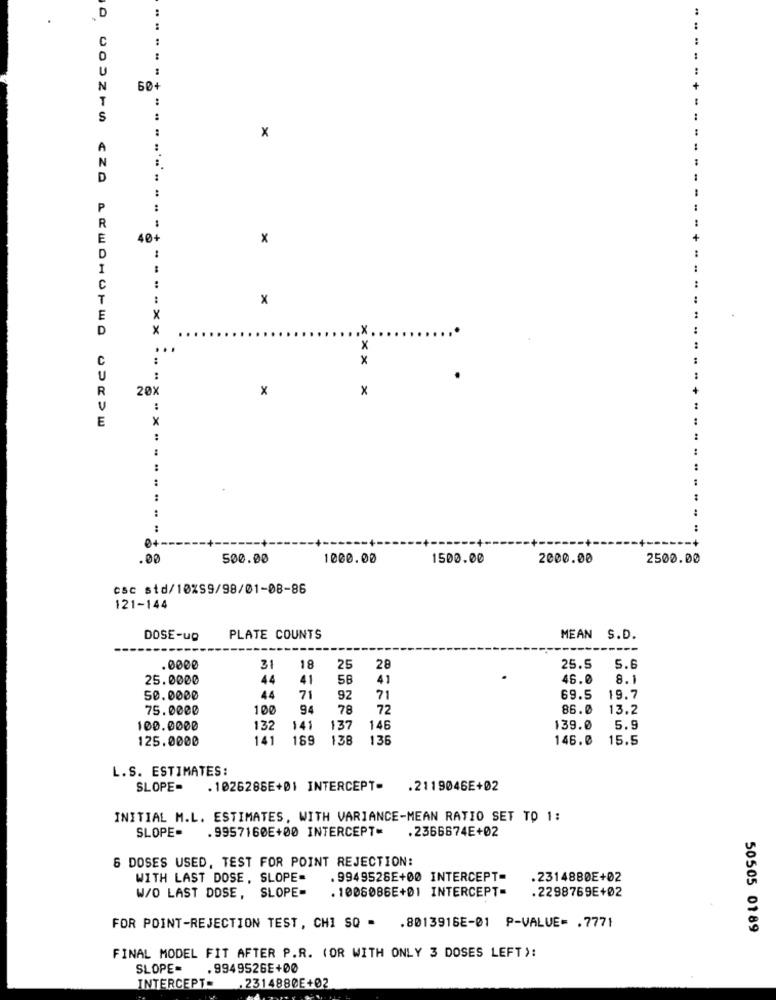
D
..
:
C
U
N
60+
T
S
:
:
x
A
N
D
P
R
E
40+
x
D
-.
I
:
C
..
T
x
E
x
D
x
.X
..
x
C
:
x
U
R
20X
x
x
U
E
X
:
..
:
:
:
:
:
..
:
+
0+
.00
500.00
1000.00
1500.00
2000.00
2500.00
csc std/10%S9/98/01-08-86
121-144
DOSE-up
PLATE COUNTS
MEAN S.D.
.0000
31
18
25
28
25.5
5.6
25.0000
44
41
58
41
46.0
8.1
50.0000
44
71
92
71
69.5
19.7
75.0000
100
94
78
72
86.0
13.2
100.0000
132
141
137
146
139.0
5.9
125.0000
141
169
138
136
146.0
15.5
L.S. ESTIMATES:
SLOPE-
. 1026286E+01 INTERCEPT-
.2119046E+02
INITIAL M.L. ESTIMATES, WITH VARIANCE-MEAN RATIO SET TO 1:
SLOPE-
. 9957160E+00 INTERCEPT
.2366674E+02
6 DOSES USED, TEST FOR POINT REJECTION:
WITH LAST DOSE, SLOPE-
. 9949526E+00 INTERCEPT=
.2314880E+02
W/O LAST DOSE, SLOPE-
. 1008086E+01 INTERCEPT=
.2298769E+02
FOR POINT-REJECTION TEST, CHI SQ - . 8013916E-01 P-VALUE= . 7771
50505 0189
FINAL MODEL FIT AFTER P.R. (OR WITH ONLY 3 DOSES LEFT):
SLOPE=
.9949526E+00
INTERCEPT=
.2314880E+02